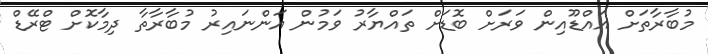
މުބާރާތަށް އައްޑޫއިން ވަރަށް ބޮޑަށް ތައްޔާރު ވަމުން އަންނައިރު މުބާރާތާ ދިމާކޮށް ޓްރޭޑް